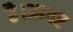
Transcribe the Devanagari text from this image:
है।आगर